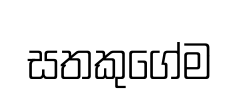
සතකුගේම